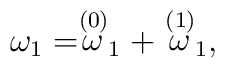
\omega _{1}=\stackrel{\left( 0\right) }{\omega }_{1}+\stackrel{\left(1\right) }{\omega }_{1},